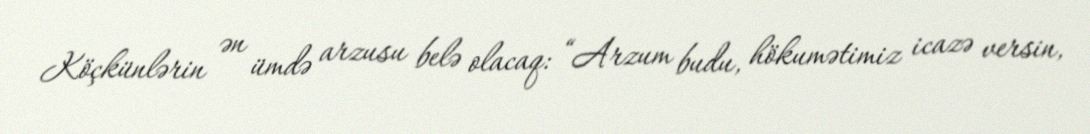
Köçkünlərin ən ümdə arzusu belə olacaq: “Arzum budu, hökumətimiz icazə versin,